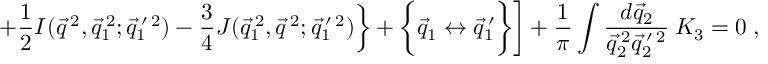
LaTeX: \left. \left. + \frac { 1 } { 2 } I ( \vec { q } ^ { \: 2 } , \vec { q } _ { 1 } ^ { \: 2 } ; \vec { q } _ { 1 } ^ { \: \prime \: 2 } ) - \frac { 3 } { 4 } J ( \vec { q } _ { 1 } ^ { \: 2 } , \vec { q } ^ { \: 2 } ; \vec { q } _ { 1 } ^ { \: \prime \: 2 } ) \right\} + \biggl \{ \vec { q } _ { 1 } \leftrightarrow \vec { q } _ { 1 } ^ { \: \prime } \biggr \} \right] + \frac { 1 } { \pi } \int \frac { d \vec { q } _ { 2 } } { \vec { q } _ { 2 } ^ { \: 2 } \vec { q } _ { 2 } ^ { \: \prime \: 2 } } \: { \cal K } _ { 3 } = 0 \; ,